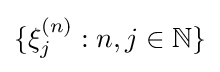
\{\xi _{j}^{(n)}:n,j\in \mathbb {N} \}